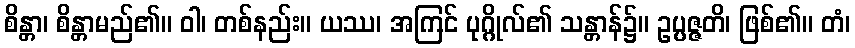
စိန္တာ၊ စိန္တာမည်၏။ ဝါ၊ တစ်နည်း။ ယဿ၊ အကြင် ပုဂ္ဂိုလ်၏ သန္တာန်၌။ ဥပ္ပဇ္ဇတိ၊ ဖြစ်၏။ တံ၊